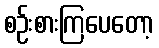
စဉ်းစားကြပေတော့